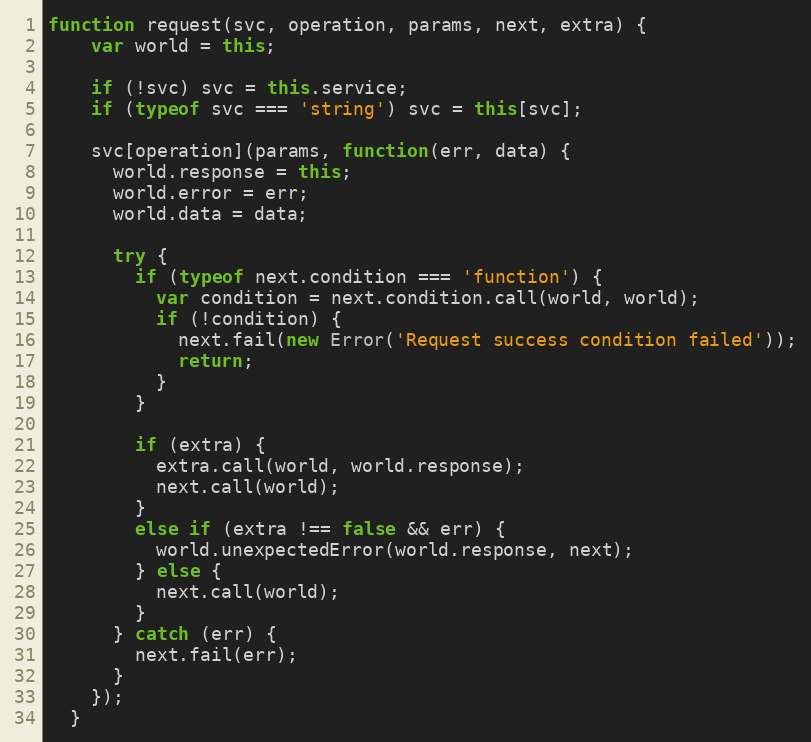
Language: JavaScript
function request(svc, operation, params, next, extra) {
    var world = this;

    if (!svc) svc = this.service;
    if (typeof svc === 'string') svc = this[svc];

    svc[operation](params, function(err, data) {
      world.response = this;
      world.error = err;
      world.data = data;

      try {
        if (typeof next.condition === 'function') {
          var condition = next.condition.call(world, world);
          if (!condition) {
            next.fail(new Error('Request success condition failed'));
            return;
          }
        }

        if (extra) {
          extra.call(world, world.response);
          next.call(world);
        }
        else if (extra !== false && err) {
          world.unexpectedError(world.response, next);
        } else {
          next.call(world);
        }
      } catch (err) {
        next.fail(err);
      }
    });
  }